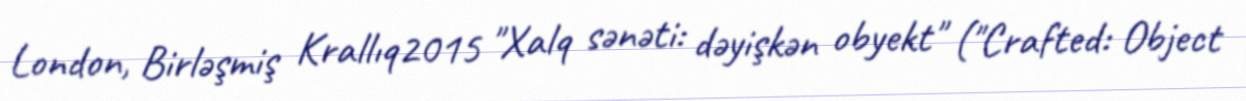
London, Birləşmiş Krallıq2015 "Xalq sənəti: dəyişkən obyekt" ("Crafted: Object